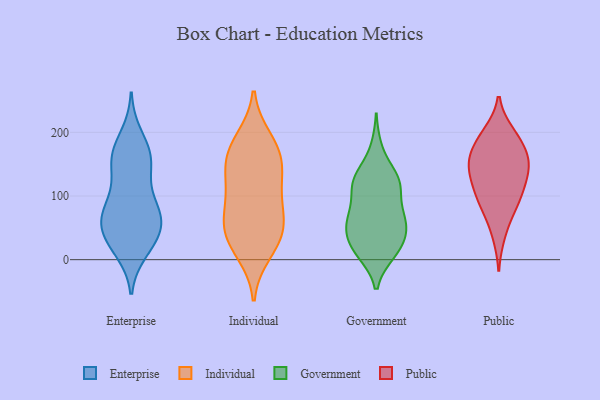
{"axis": {"x": "Active Users", "y": "Value"}, "legend": ["Enterprise", "Government", "Individual", "Public"], "data": [{"x": "", "y": 52, "type": "Enterprise"}, {"x": "", "y": 195, "type": "Enterprise"}, {"x": "", "y": 59, "type": "Enterprise"}, {"x": "", "y": 51, "type": "Enterprise"}, {"x": "", "y": 123, "type": "Enterprise"}, {"x": "", "y": 173, "type": "Enterprise"}, {"x": "", "y": 155, "type": "Enterprise"}, {"x": "", "y": 161, "type": "Enterprise"}, {"x": "", "y": 71, "type": "Enterprise"}, {"x": "", "y": 29, "type": "Enterprise"}, {"x": "", "y": 90, "type": "Enterprise"}, {"x": "", "y": 14, "type": "Enterprise"}, {"x": "", "y": 88, "type": "Enterprise"}, {"x": "", "y": 74, "type": "Enterprise"}, {"x": "", "y": 21, "type": "Enterprise"}, {"x": "", "y": 33, "type": "Enterprise"}, {"x": "", "y": 161, "type": "Enterprise"}, {"x": "", "y": 150, "type": "Enterprise"}, {"x": "", "y": 67, "type": "Enterprise"}, {"x": "", "y": 138, "type": "Individual"}, {"x": "", "y": 151, "type": "Individual"}, {"x": "", "y": 93, "type": "Individual"}, {"x": "", "y": 42, "type": "Individual"}, {"x": "", "y": 188, "type": "Individual"}, {"x": "", "y": 47, "type": "Individual"}, {"x": "", "y": 12, "type": "Individual"}, {"x": "", "y": 84, "type": "Individual"}, {"x": "", "y": 56, "type": "Individual"}, {"x": "", "y": 120, "type": "Individual"}, {"x": "", "y": 174, "type": "Individual"}, {"x": "", "y": 31, "type": "Individual"}, {"x": "", "y": 167, "type": "Individual"}, {"x": "", "y": 19, "type": "Government"}, {"x": "", "y": 125, "type": "Government"}, {"x": "", "y": 121, "type": "Government"}, {"x": "", "y": 12, "type": "Government"}, {"x": "", "y": 11, "type": "Government"}, {"x": "", "y": 73, "type": "Government"}, {"x": "", "y": 128, "type": "Government"}, {"x": "", "y": 52, "type": "Government"}, {"x": "", "y": 67, "type": "Government"}, {"x": "", "y": 34, "type": "Government"}, {"x": "", "y": 117, "type": "Government"}, {"x": "", "y": 173, "type": "Government"}, {"x": "", "y": 59, "type": "Government"}, {"x": "", "y": 118, "type": "Government"}, {"x": "", "y": 60, "type": "Government"}, {"x": "", "y": 39, "type": "Government"}, {"x": "", "y": 15, "type": "Government"}, {"x": "", "y": 74, "type": "Government"}, {"x": "", "y": 122, "type": "Government"}, {"x": "", "y": 111, "type": "Public"}, {"x": "", "y": 196, "type": "Public"}, {"x": "", "y": 113, "type": "Public"}, {"x": "", "y": 200, "type": "Public"}, {"x": "", "y": 81, "type": "Public"}, {"x": "", "y": 136, "type": "Public"}, {"x": "", "y": 76, "type": "Public"}, {"x": "", "y": 152, "type": "Public"}, {"x": "", "y": 154, "type": "Public"}, {"x": "", "y": 125, "type": "Public"}, {"x": "", "y": 166, "type": "Public"}, {"x": "", "y": 190, "type": "Public"}, {"x": "", "y": 164, "type": "Public"}, {"x": "", "y": 96, "type": "Public"}, {"x": "", "y": 38, "type": "Public"}, {"x": "", "y": 151, "type": "Public"}]}